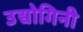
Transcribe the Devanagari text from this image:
उद्योगिनी